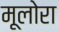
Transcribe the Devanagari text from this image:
मूलोरा